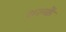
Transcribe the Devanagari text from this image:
शल्कें